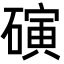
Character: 𬒞